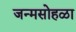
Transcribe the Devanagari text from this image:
जन्मसोहळा